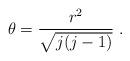
LaTeX: \begin{align*}\theta=\frac{r^2}{\sqrt{j(j-1)}}~.\end{align*}